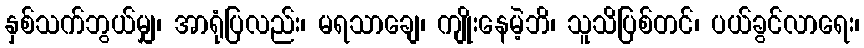
နှစ်သက်ဘွယ်မျှ၊ အာရုံပြလည်း၊ မရသာချေ၊ ကျိုးနေမဲ့ဘိ၊ သူသိပြစ်တင်၊ ပယ်ခွင်လာရေး၊